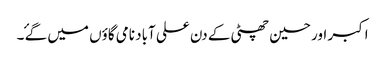
اکبر اور حسین چھٹی کے دن علی آباد نامی گاؤں میں گۓ ۔